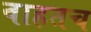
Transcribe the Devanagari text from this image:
वाहतच